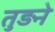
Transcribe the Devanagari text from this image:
तुड़ने